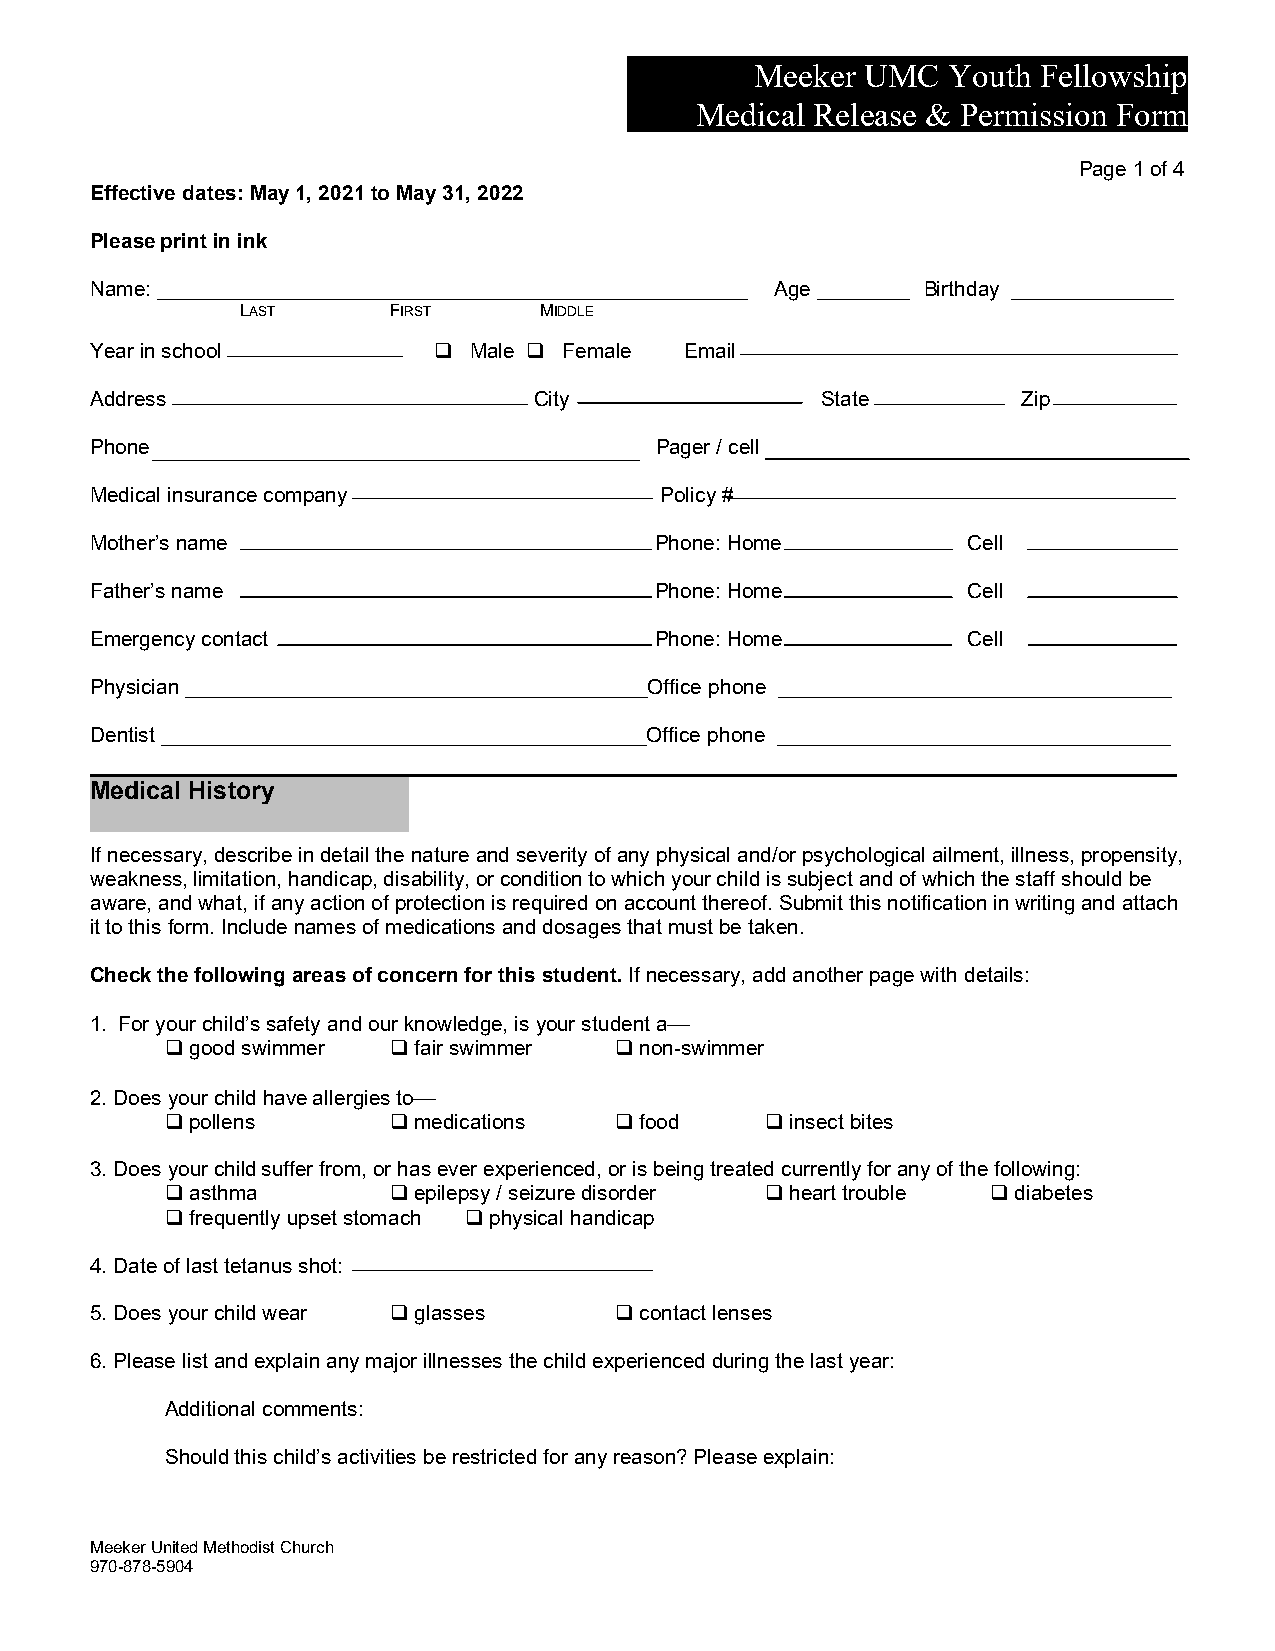
Meeker UMC   Youth Fellowship
 Medical Release & Permission Form
 Page 1 of 4
 Effective dates: May 1, 2021 to May 31, 2022
 Please print in ink
 Name: ___________________________________________________ Age ________ Birthday ______________
 LAST      FIRST     MIDDLE
 Year in school          Male  Female Email
 Address                      City               State         Zip
 Phone                                Pager / cell
 Medical insurance company             Policy #
 Mother’s name                        Phone: Home          Cell
 Father’s name                        Phone: Home          Cell
 Emergency contact                    Phone: Home          Cell
 Physician ________________________________________Office phone __________________________________
 Dentist __________________________________________Office phone __________________________________
 Medical History
 If necessary, describe in detail the nature and severity of any physical and/or psychological ailment, illness, propensity,
 weakness, limitation, handicap, disability, or condition to which your child is subject and of which the staff should be
 aware, and what, if any action of protection is required on account thereof. Submit this notification in writing and attach
 it to this form. Include names of medications and dosages that must be taken.
 Check the following areas of concern for this student. If necessary, add another page with details:
 1. For your child’s safety and our knowledge, is your student a
  good swimmer  fair swimmer  non-swimmer
 2. Does your child have allergies to
  pollens       medications   food     insect bites
 3. Does your child suffer from, or has ever experienced, or is being treated currently for any of the following:
  asthma        epilepsy / seizure disorder  heart trouble  diabetes
  frequently upset stomach  physical handicap
 4. Date of last tetanus shot:
 5. Does your child wear  glasses   contact lenses
 6. Please list and explain any major illnesses the child experienced during the last year:
 Additional comments:
 Should this child’s activities be restricted for any reason? Please explain:
 Meeker United Methodist Church
 970-878-5904